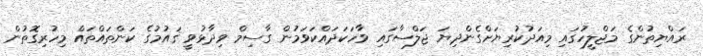
ރައްޔިތުންގެ މަޖްލީހުގައި މިއަދުކުރިޔަށްގެންދިޔަ ޖަލްސާގައި ވާހަކަދައްކަވަމުން ގާސިމް ވިދާޅުވީ ޤައުމުގެ ކަންތައްތައް މިހުރިގޮތުން